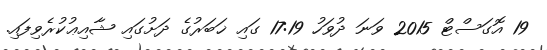
19 އޮގަސްޓް 2015 ވަނަ ދުވަހު 17:19 ގައި ޚަބަރުގެ ދަށުގައި ޝާއިޢުކުރެވިފައި.